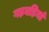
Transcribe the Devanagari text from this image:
गड़बड़ियां